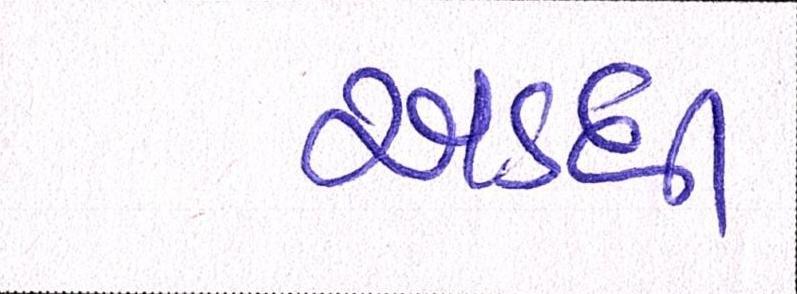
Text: અડધી